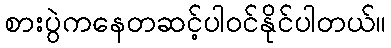
စားပွဲကနေတဆင့်ပါ၀င်နိုင်ပါတယ်။